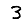
Digit: 3